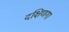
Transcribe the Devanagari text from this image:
दक्षिणगा